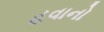
હવાનો